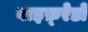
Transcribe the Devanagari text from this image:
वाइफ़्रेडो